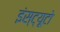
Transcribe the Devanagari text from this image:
इंस्ट्यूटो